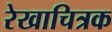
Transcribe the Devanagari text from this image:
रेखाचित्रक